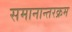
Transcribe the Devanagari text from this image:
समानान्तरक्रम